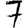
Digit: 7